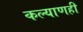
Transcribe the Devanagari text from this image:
कल्याणही